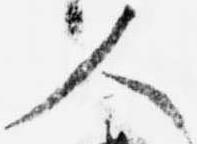
人